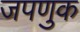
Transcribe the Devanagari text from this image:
जपणुक